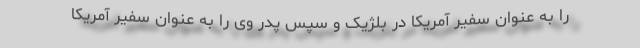
را به عنوان سفیر آمریکا در بلژیک و سپس پدر وی را به عنوان سفیر آمریکا